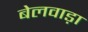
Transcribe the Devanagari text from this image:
बेलवाड़ा